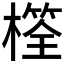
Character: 𣛩